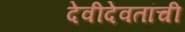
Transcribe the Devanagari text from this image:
देवीदेवतांची